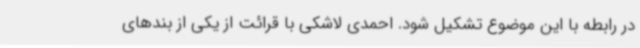
در رابطه با این موضوع تشکیل شود. احمدی لاشکی با قرائت از یکی از بندهای